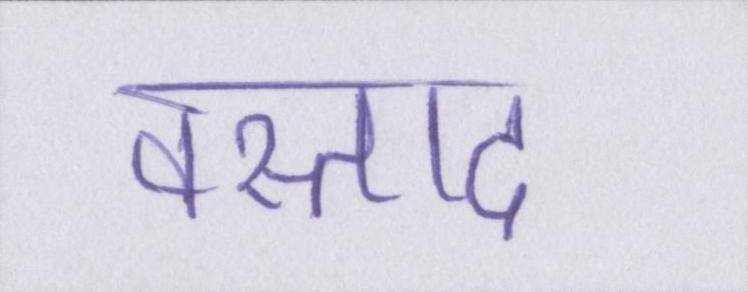
वस्ताद